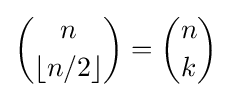
{n \choose \lfloor {n/2}\rfloor }={n \choose k}